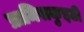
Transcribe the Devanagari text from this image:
प्रामिसकुइटी